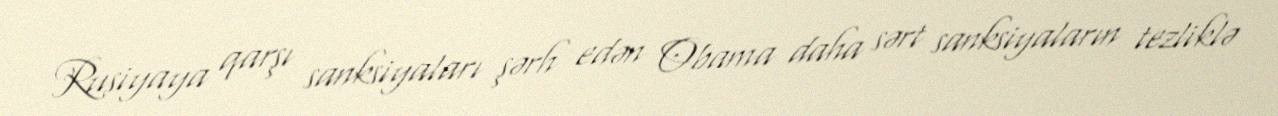
Rusiyaya qarşı sanksiyaları şərh edən Obama daha sərt sanksiyaların tezliklə